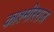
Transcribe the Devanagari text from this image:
काश्मीरराज